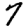
Digit: 7